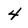
Character: 4